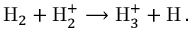
\mathrm { H } _ { 2 } + \mathrm { H } _ { 2 } ^ { + } \longrightarrow \mathrm { H } _ { 3 } ^ { + } + \mathrm { H } \, .